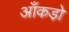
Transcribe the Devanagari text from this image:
आँकडो़